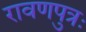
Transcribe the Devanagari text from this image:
रावणपुत्रः